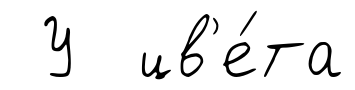
У цв'е́та